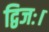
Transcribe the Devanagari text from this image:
द्विजः।